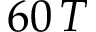
6 0 \, T